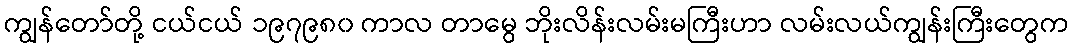
ကျွန်တော်တို့ ငယ်ငယ် ၁၉၇၉၈၀ ကာလ တာမွေ ဘိုးလိန်းလမ်းမကြီးဟာ လမ်းလယ်ကျွန်းကြီးတွေက